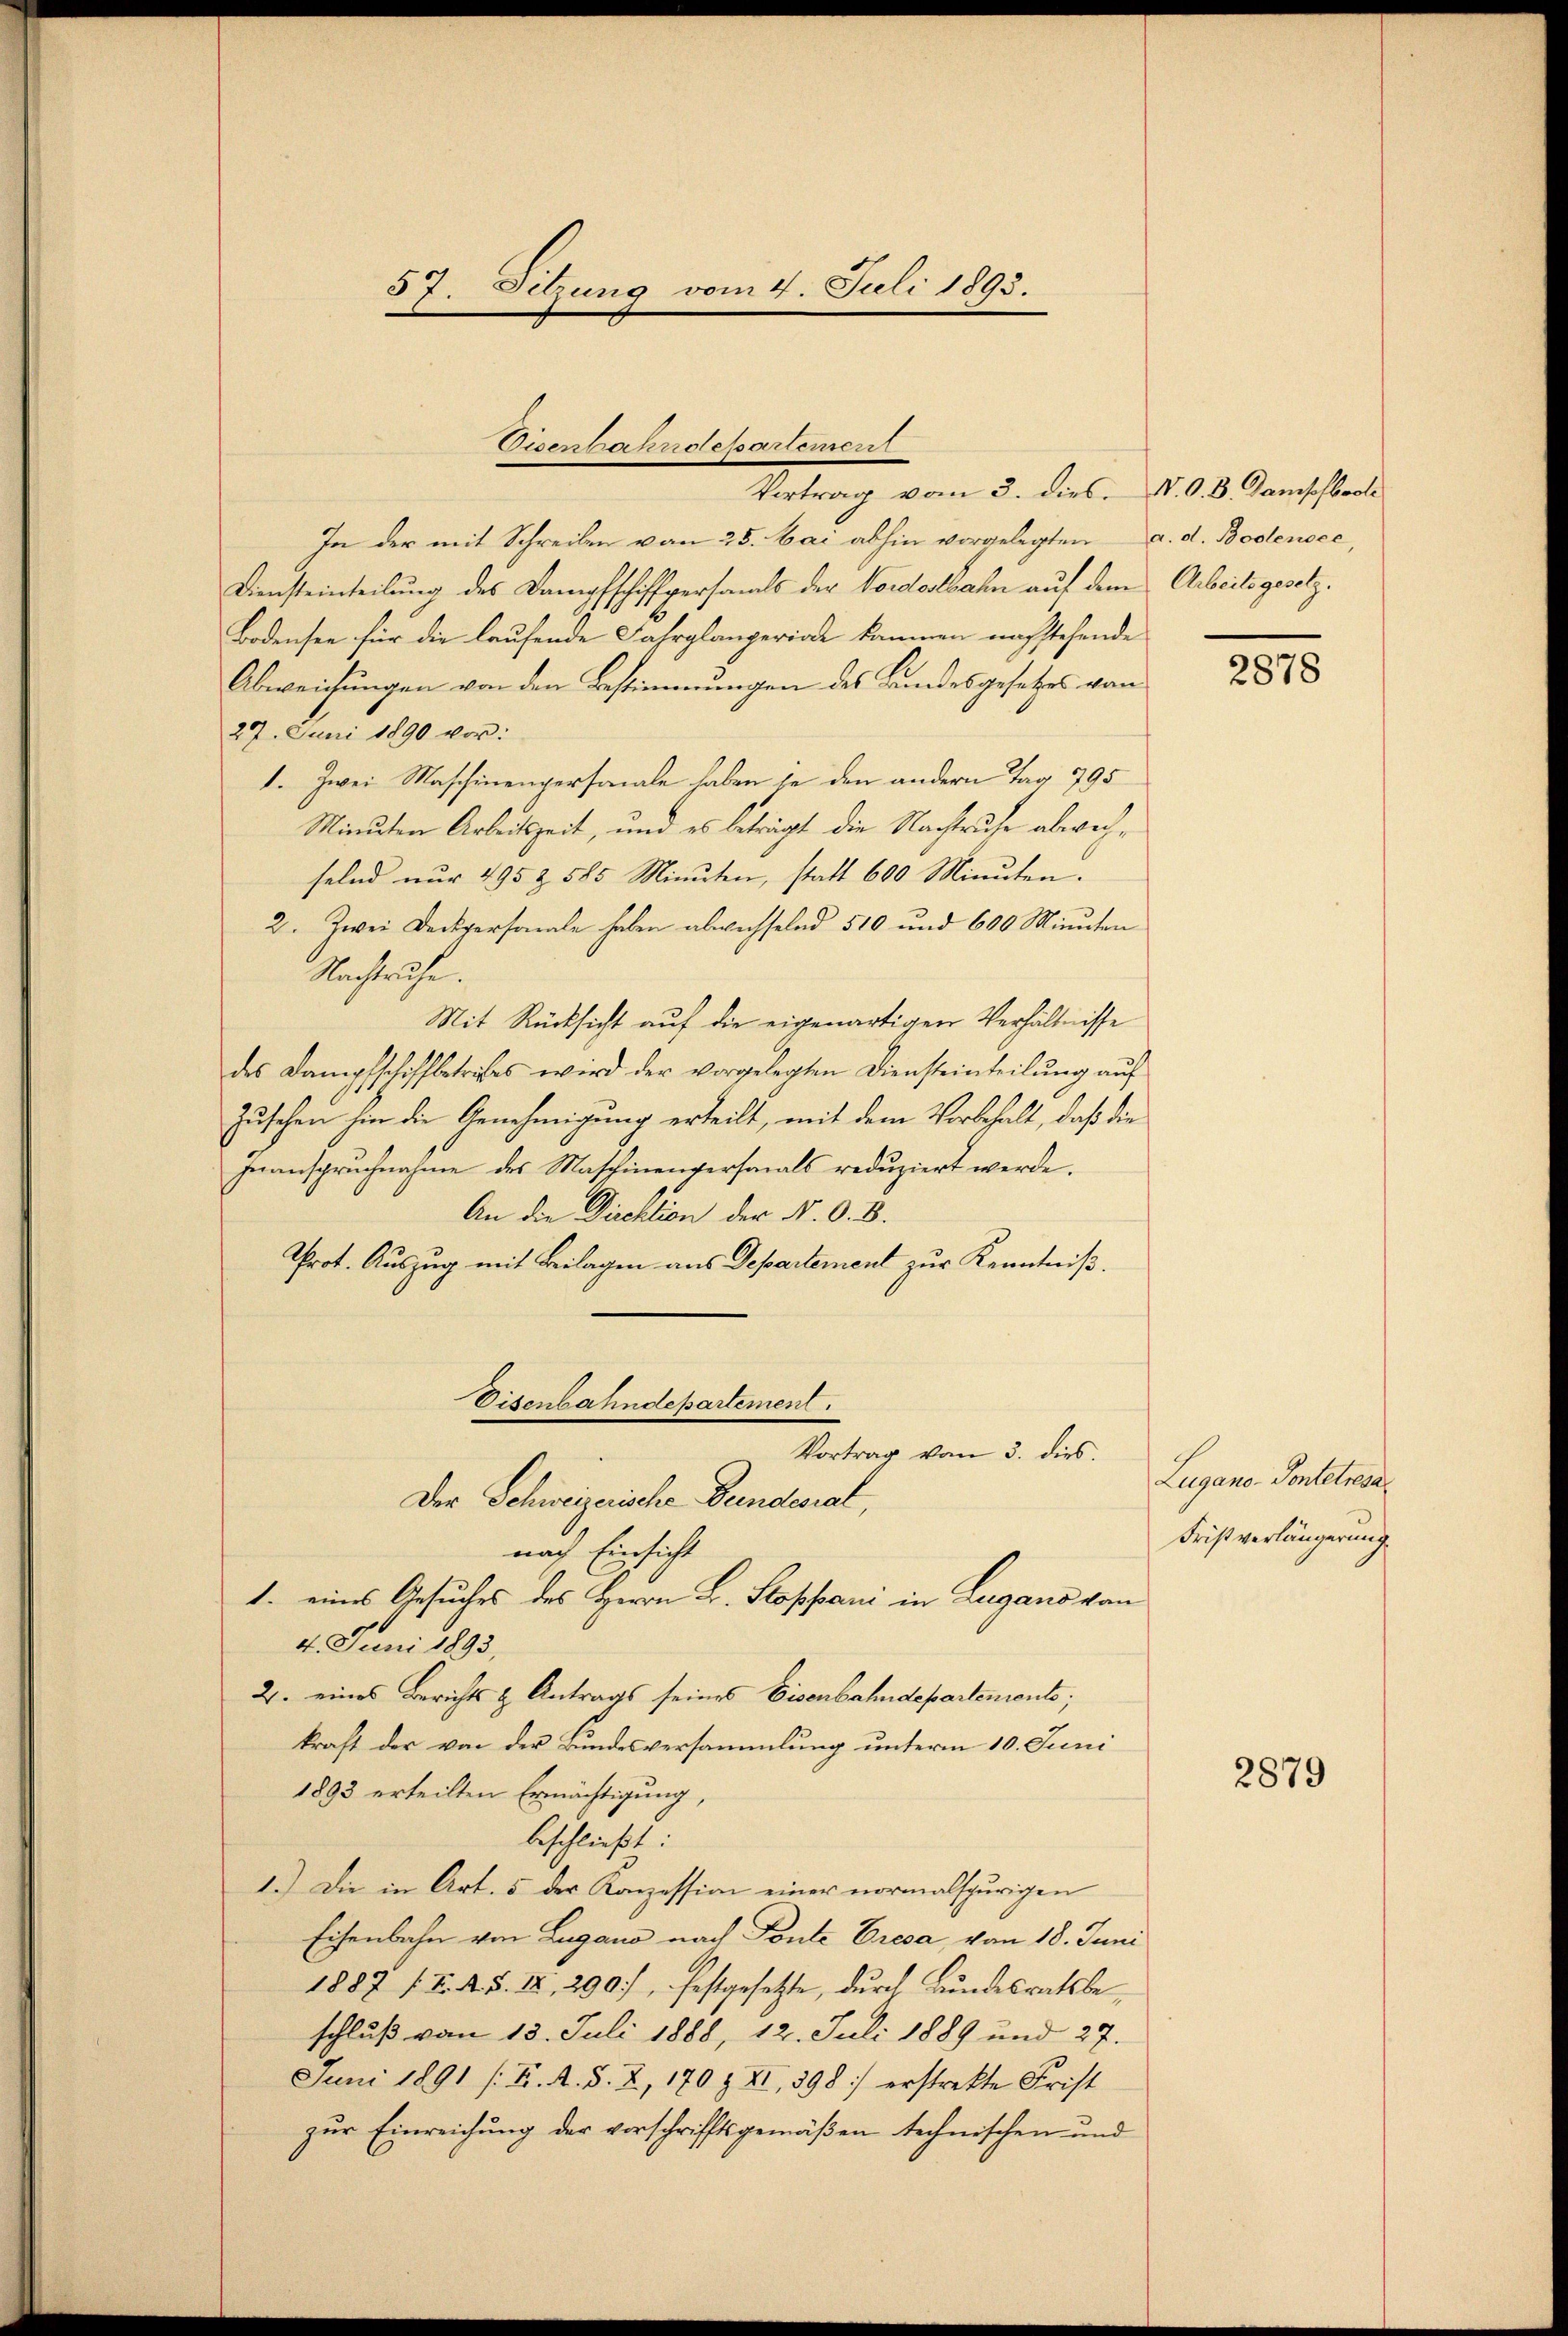
57. Setzung vom 4. Juli 1893.

Eisenbahndepartement
Vortrag vom 3. dies. V. O. B. Dampfboote

In der mit Schreiben von 25. Mai abhin vorgelegten a. d. Bodenoce,
Diensteinteilung des Dampfschiffpersamels der Vordostbahn auf dem Arbeitsgesetz¬
Bodensee für die laufende Fahrplanperiode kommen nachstehende
Abweichungen von den Bestimmungen des Bundesgesetzes von
27. Juni 1890 vor:
1. Zwei Maschinenpersonale haben se den andern Tag 795
Minuten Arbeitszeit, und es beträgt die Nachtruhe abwechselnd nur 495 & 585 Minuten, statt 600 Minuten.
2. Zwei Deckpersonale haben abwechselnd 510 und 600 Minuten
Verspruche.
Mit Rücksicht auf die eigenartigen Verhältnisse
des Dampfschiffbetriffes wird der vorgelegten Diensteinteilŭng aŭf
Zusehen hin die Genehmigung erteilt, mit dem Vorbehalt, daß die
Inanspruchnahme des Maschinenpersonals reduziert werde.
An die Direktion der N. O. B.
Prot. Auszug mit Beilagen aus Departement zur Kenntniß.
Eisenbahndepartement.
Vortrag vom 3. dies
Der Schweizerische Tendesrat,
nach Einsicht
1. eines Gesuches des Herrn B. Stoppani in Lugano von
4. Juni 1893,
2. eines Berichts & Antrags seines Eisenbahndepartements;
kraft der von der Bundesversammlung unterm 10. Juni
1893 erteilten Ermächtigung,
beschließt:
1.) Die in Art. 5 der Konzession einer normalspurigen
Eisenbahn von Lugano nach Ponte Cresa, von 18. Juni
1887 f. K. A. S. IX, 290), festgesetzte, durch Bundesratsbeschluß vom 13. Juli 1888, 12. Juli 1889 und 27.
Juni 1891 (K. A. S. 2, 170 z XI, 398. erstrekte Frist
zur Einreichung der vorschrifftsgemäßen technischen und

2878

Lugano. Pontetrenn
Fristverlängerung

2879